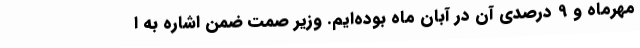
مهرماه و 9 درصدی آن در آبان ماه بوده‌ایم. وزیر صمت ضمن اشاره به ا